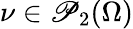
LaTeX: \nu\in\mathscr{P}_{2}(\Omega)